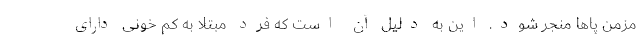
مزمن پاها منجر شود. این به دلیل آن است که فرد مبتلا به کم خونی دارای